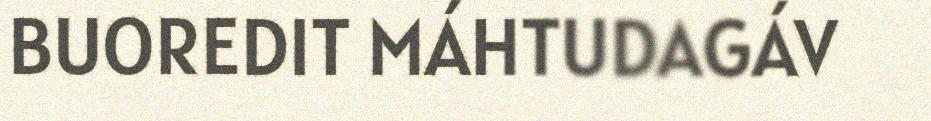
BUOREDIT MÁHTUDAGÁV